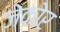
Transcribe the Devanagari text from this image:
जेकोर